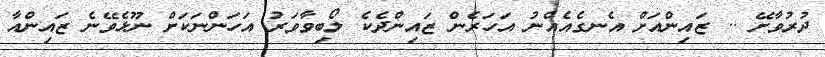
ދުރުވާށޭ .. ޒައިންއަށް އެނގެއެއްނު އަހަރެން ޒައިންދެކެ ލޯބިވާވަރު އަހަންނަކަށް ނޫޅެވޭނެ ޒައިންއާ